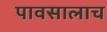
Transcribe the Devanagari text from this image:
पावसालाच